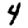
Digit: 4